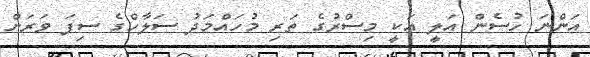
އަންނަ ހުސެން އަލީ އަކީ މިސްރުގެ ތަރި މުހައްމަދު ސަލާހްގެ ސިފަ ވަރަށް